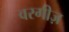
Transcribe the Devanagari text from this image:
वरगीज़